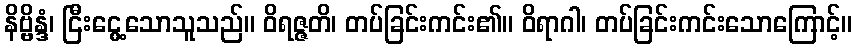
နိဗ္ဗိန္ဒံ၊ ငြီးငွေ့သောသူသည်။ ဝိရဇ္ဇတိ၊ တပ်ခြင်းကင်း၏။ ဝိရာဂါ၊ တပ်ခြင်းကင်းသောကြောင့်။